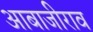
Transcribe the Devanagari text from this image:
आबाजीराव